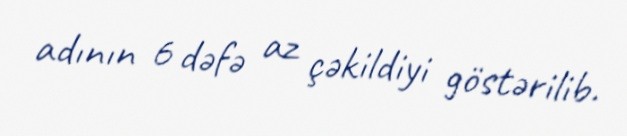
adının 6 dəfə az çəkildiyi göstərilib.